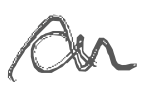
Text: a
Cross-out: wave
Writing tool: digital_gray